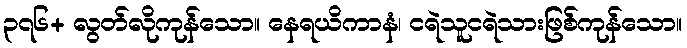
၃၇၆+ လွတ်လိုကုန်သော။ နေရယိကာနံ၊ ငရဲသူငရဲသားဖြစ်ကုန်သော။